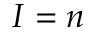
I = n